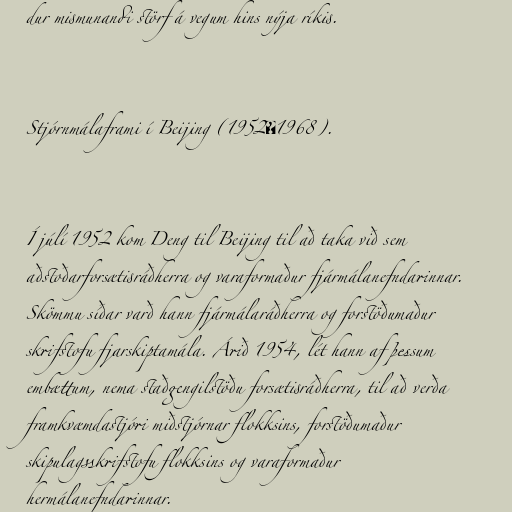
dur mismunandi störf á vegum hins nýja ríkis.

Stjórnmálaframi í Beijing (1952―1968).

Í júlí 1952 kom Deng til Beijing til að taka við sem
aðstoðarforsætisráðherra og varaformaður fjármálanefndarinnar.
Skömmu síðar varð hann fjármálaráðherra og forstöðumaður
skrifstofu fjarskiptamála. Árið 1954, lét hann af þessum
embættum, nema staðgengilstöðu forsætisráðherra, til að verða
framkvæmdastjóri miðstjórnar flokksins, forstöðumaður
skipulagsskrifstofu flokksins og varaformaður
hermálanefndarinnar.